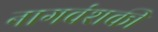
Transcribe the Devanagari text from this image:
नागवंशकी